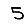
Digit: 5